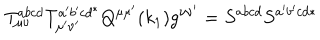
T _ { \mu \nu } ^ { a b c d } T _ { \mu ^ { \prime } \nu ^ { \prime } } ^ { a ^ { \prime } b ^ { \prime } c d ^ { * } } Q ^ { \mu \mu ^ { \prime } } ( k _ { 1 } ) g ^ { \nu \nu ^ { \prime } } = S ^ { a b c d } S ^ { a ^ { \prime } b ^ { \prime } c d * }